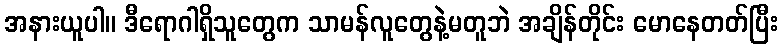
အနားယူပါ။ ဒီရောဂါရှိသူတွေက သာမန်လူတွေနဲ့မတူဘဲ အချိန်တိုင်း မောနေတတ်ပြီး